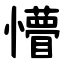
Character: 懵